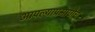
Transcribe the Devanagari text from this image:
आपल्याप्रमाणेच